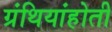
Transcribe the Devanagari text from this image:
ग्रंथियांहोती